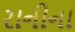
રાનીના